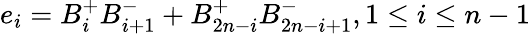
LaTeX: e_{i}=B_{i}^{+}B_{i+1}^{-}+B_{2n-i}^{+}B_{2n-i+1}^{-},1\leq i\leq n-1